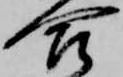
合